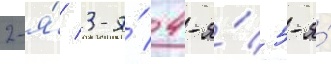
2-я́/ 3-я́/ 4-я́/ 5-я́